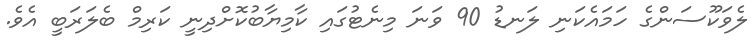
ލެވަކޫސަންގެ ހަމައެކަނި ލަނޑު 90 ވަނަ މިނެޓުގައި ކާމިޔާބުކޮށްދިނީ ކަރިމް ބެލަރަބީ އެވެ.